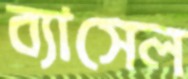
ব্যাসেল